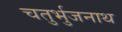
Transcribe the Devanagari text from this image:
चतुर्भुजनाथ